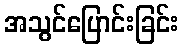
အသွင်ပြောင်းခြင်း